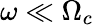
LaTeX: \omega\ll\Omega_{c}